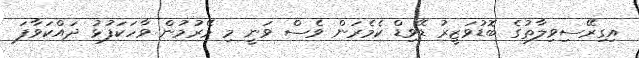
އިގިރޭސިވިލާތުގެ ބޮޑުވަޒީރު ޑޭވިޑް ކެމެރަން ވެސް ވަނީ މި މޭރުމުން ވާހަކަފުޅު ދައްކަވާފަ